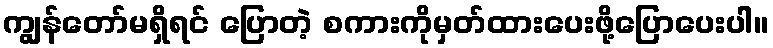
ကျွန်တော်မရှိရင် ပြောတဲ့ စကားကိုမှတ်ထားပေးဖို့ပြောပေးပါ။